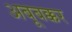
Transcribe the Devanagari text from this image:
अबूबक्कर